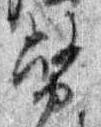
務